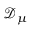
{ \mathcal { D } } _ { \mu }